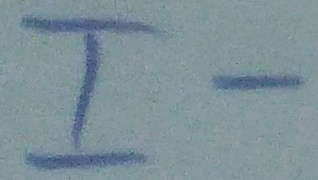
Text: I-